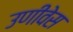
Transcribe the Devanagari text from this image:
उणीवेस